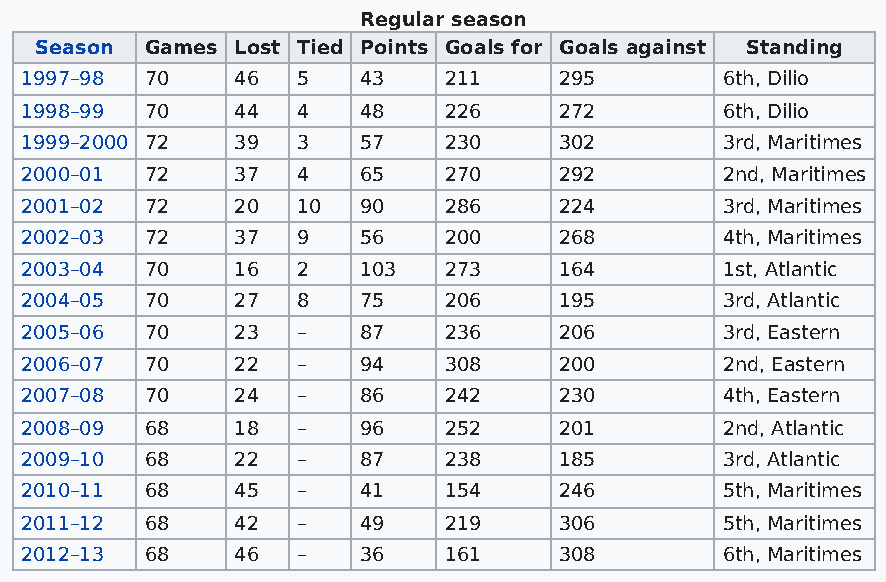
Regular season
 Season  Games Lost Tied Points Goals for Goals against Standing
 1997–98  70    46  5   43   211     295        6th, Dilio
 1998–99  70    44  4   48   226     272        6th, Dilio
 1999–2000 72   39  3   57   230     302        3rd, Maritimes
 2000–01  72    37  4   65   270     292        2nd, Maritimes
 2001–02  72    20  10  90   286     224        3rd, Maritimes
 2002–03  72    37  9   56   200     268        4th, Maritimes
 2003–04  70    16  2   103  273     164        1st, Atlantic
 2004–05  70    27  8   75   206     195        3rd, Atlantic
 2005–06  70    23  –   87   236     206        3rd, Eastern
 2006–07  70    22  –   94   308     200        2nd, Eastern
 2007–08  70    24  –   86   242     230        4th, Eastern
 2008–09  68    18  –   96   252     201        2nd, Atlantic
 2009–10  68    22  –   87   238     185        3rd, Atlantic
 2010–11  68    45  –   41   154     246        5th, Maritimes
 2011–12  68    42  –   49   219     306        5th, Maritimes
 2012–13  68    46  –   36   161     308        6th, Maritimes